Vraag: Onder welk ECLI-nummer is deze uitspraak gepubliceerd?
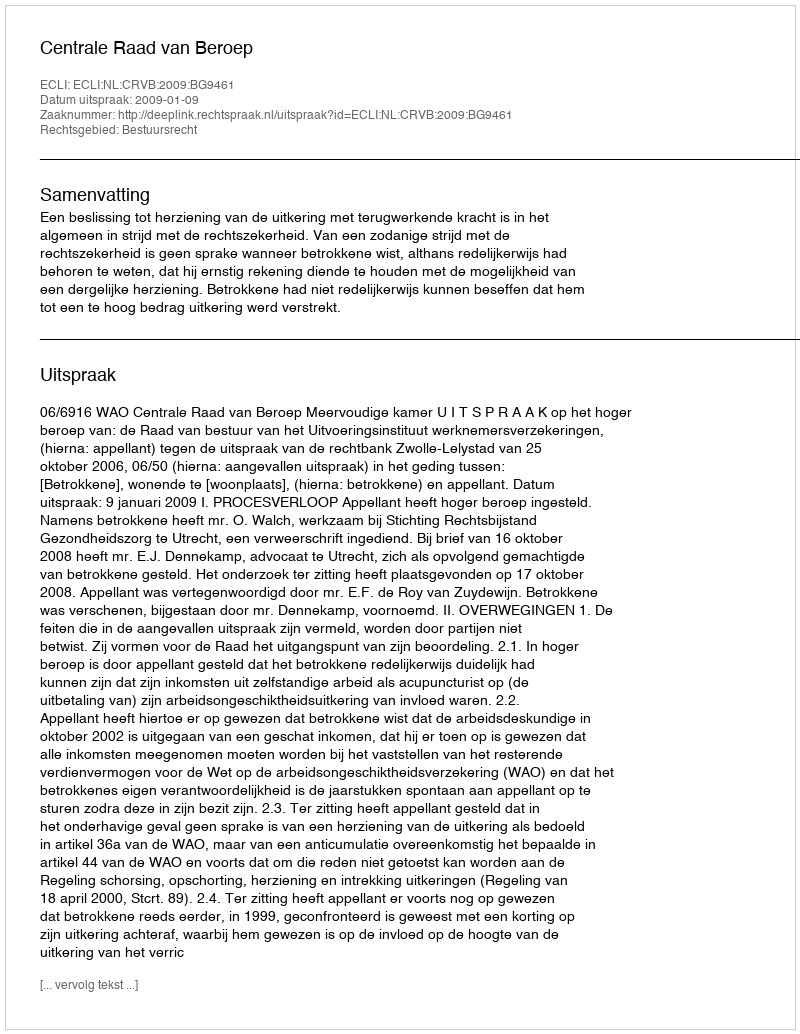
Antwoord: ECLI:NL:CRVB:2009:BG9461